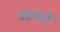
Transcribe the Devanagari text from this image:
वहशते